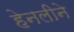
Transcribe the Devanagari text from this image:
हेनलीने